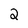
Character: 2